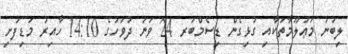
ލިބުނު މަޢުލޫމާތަކާއި ގުޅިގެން ޑިސެމްބަރ 24 ވަނަ ދުވަހުގެ 14:10 ހާއިރު މަޑިފުށި